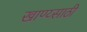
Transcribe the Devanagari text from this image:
खाण्य्साठी